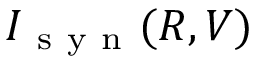
I _ { \mathrm { ~ s ~ y ~ n ~ } } ( R , V )